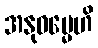
အနုဓမ္မေဟိ